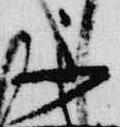
不